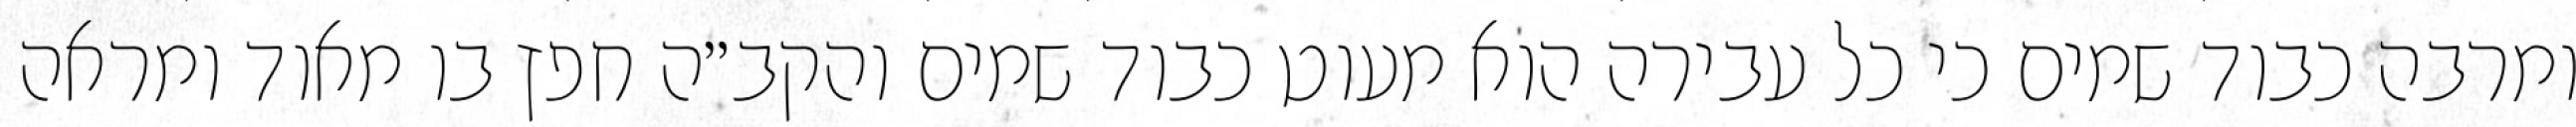
ומרבה כבוד שמים כי כל עבירה הוא מעוט כבוד שמים והקב״ה חפץ בו מאוד ומראה